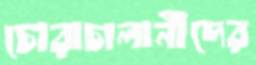
চোরাচালানীদের